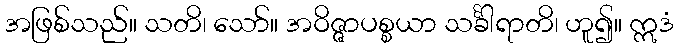
အဖြစ်သည်။ သတိ၊ သော်။ အဝိဇ္ဇာပစ္စယာ သင်္ခါရာတိ၊ ဟူ၍။ ဣဒံ